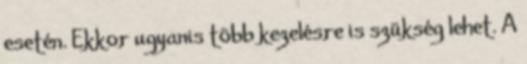
esetén. Ekkor ugyanis több kezelésre is szükség lehet. A